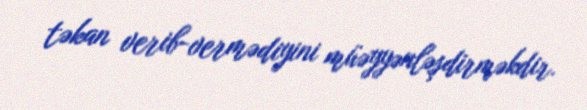
təkan verib-vermədiyini müəyyənləşdirməkdir.